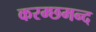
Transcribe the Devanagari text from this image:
करम्छमन्द